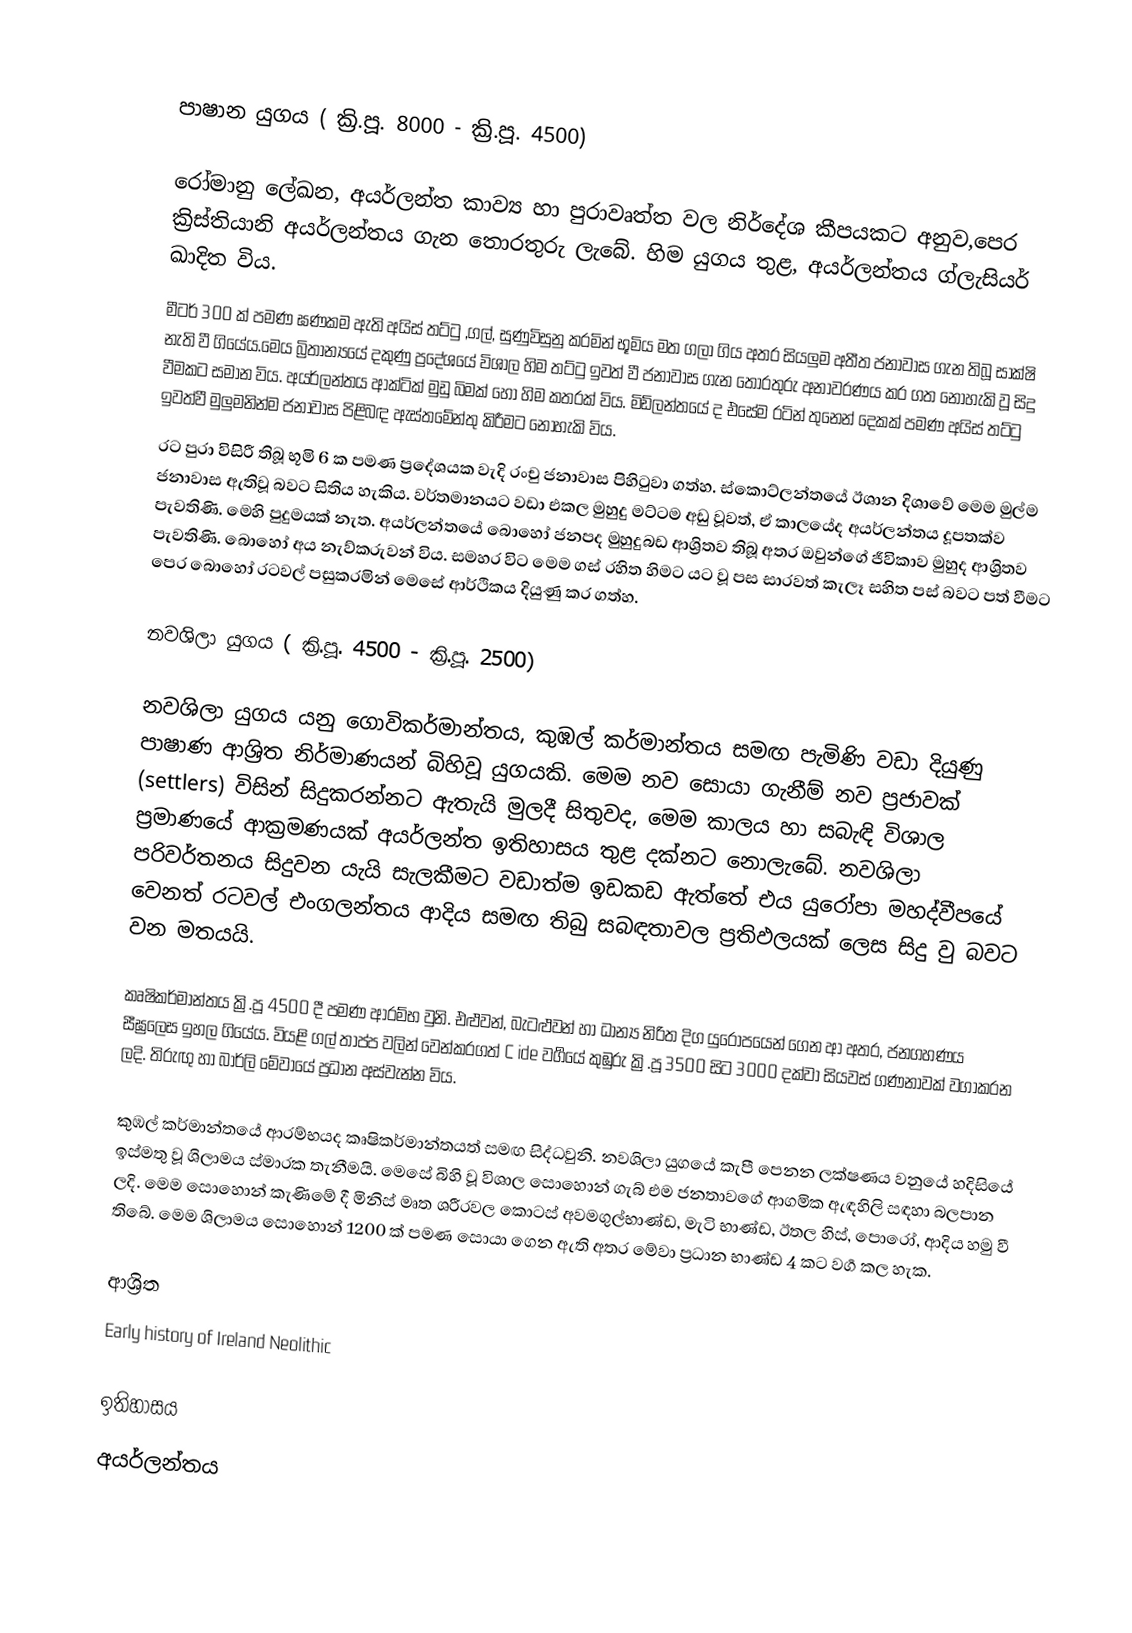

පාෂාන යුගය ( ක්‍රි.පූ. 8000 - ක්‍රි.පූ. 4500)

රෝමානු ලේඛන, අයර්ලන්ත කාව්‍ය හා පුරාවෘත්ත වල නිර්දේශ කීපයකට අනුව,පෙර ක්‍රිස්තියානි අයර්ලන්තය ගැන තොරතුරු ලැබේ. හිම යුගය තුළ, අයර්ලන්තය ග්ලැසියර් ඛාදිත විය.
මීටර් 300 ක් පමණ ඝණකම ඇති අයිස් තට්ටු ,ගල්, සුණුවිසුනු කරමින් භූමිය මත ගලා ගිය අතර සියලුම අතීත ජනාවාස ගැන තිබූ සාක්ෂි නැති වී ගියේය.මෙය බ්‍රිතාන්‍යයේ දකුණු ප්‍රදේශයේ විශාල හිම තට්ටු ඉවත් වී ජනාවාස ගැන තොරතුරු අනාවරණය කර ගත නොහැකි වූ සිදු වීමකට සමාන විය. අයර්ලන්තය ආක්ටික් මුඩු බිමක් හෝ හිම කතරක් විය. මිඩ්ලන්තයේ ද එසේම රටින් තුනෙන් දෙකක් පමණ අයිස් තට්ටු ඉවත්වී මුලුමනින්ම ජනාවාස පිළිබඳ ඇස්තමේන්තු කිරීමට නොහැකි විය.
රට පුරා විසිරී තිබූ භූමි 6 ක පමණ ප්‍රදේශයක වැදි රංචු ජනාවාස පිහිටුවා ගත්හ. ස්කොට්ලන්තයේ ඊශාන දිශාවේ මෙම මුල්ම ජනාවාස ඇතිවූ බවට සිතිය හැකිය. වර්තමානයට වඩා එකල මුහුදු මට්ටම අඩු වූවත්, ඒ කාලයේද අයර්ලන්තය දූපතක්ව පැවතිණි. මෙහි පුදුමයක් නැත. අයර්ලන්තයේ බොහෝ ජනපද මුහුදුබඩ ආශ්‍රිතව  තිබූ අතර ඔවුන්ගේ ජීවිකාව මුහුද ආශ්‍රිතව පැවතිණි. බොහෝ අය නැව්කරුවන් විය. සමහර විට මෙම ගස් රහිත හිමට යට වූ පස සාරවත් කැලෑ සහිත පස් බවට පත් වීමට පෙර බොහෝ රටවල් පසුකරමින් මෙසේ ආර්ථිකය දියුණු කර ගත්හ.

නවශිලා යුගය ( ක්‍රි.පූ. 4500 - ක්‍රි.පූ. 2500)

නවශිලා යුගය යනු ගොවිකර්මාන්තය, කුඹල් කර්මාන්තය සමඟ පැමිණි වඩා දියුණු පාෂාණ ආශ්‍රිත නිර්මාණයන් බිහිවූ යුගයකි. මෙම නව සොයා ගැනීම් නව ප්‍රජාවක්  (settlers) විසින් සිදුකරන්නට ඇතැයි මුලදී සිතුවද, මෙම කාලය හා සබැඳි විශාල ප්‍රමාණයේ ආක්‍රමණයක් අයර්ලන්ත ඉතිහාසය තුළ දක්නට නොලැබේ. නවශිලා පරිවර්තනය සිදුවන යැයි සැලකීමට වඩාත්ම ඉඩකඩ ඇත්තේ එය යුරෝපා මහද්වීපයේ ‍ වෙනත් රටවල් එංගලන්තය ආදිය සමඟ තිබු ‍සබඳතාවල ප්‍රතිඵලයක් ලෙස සිදු වු බවට වන මතයයි.

කෘෂිකර්මාන්තය ක්‍රි.පූ 4500 දී පමණ ආරම්භ වුනි. එළුවන්, බැටළුවන් හා ධාන්‍ය නිරිත දිග යුරෝපයෙන් ගෙන ආ අතර, ජනගහණය සීඝ්‍රලෙස ඉහල ගියේය. වියළි ගල් තාප්ප වලින් වෙන්කරගත් C ide    වර්‍ගයේ කුඹුරු ක්‍රි.පූ 3500 සිට 3000 දක්වා සියවස් ගණනාවක් වගාකරන ලදි. තිරුඟු හා බාර්ලි මේවායේ ප්‍රධාන අස්වැන්න විය.

කුඹල් කර්මාන්තයේ ආරම්භයද කෘෂිකර්මාන්තයත් සමඟ සිද්ධවුනි. නවශිලා යුගයේ කැපී පෙනන ලක්ෂණය වනුයේ හදිසියේ ඉස්මතු වූ ශිලාමය ස්මාරක තැනීමයි. මෙසේ බිහි වූ විශාල සොහොන් ගැබ් එම ජනතාවගේ ආගමික ඇඳහිලි සඳහා බලපාන ලදි. මෙම සොහොන් කැණිමේ දී මිනිස් මෘත ශරීරවල කොටස් අවමගුල්‍භාණ්ඩ, මැටි භාණ්ඩ, ඊතල හිස්, පොරෝ, ආදිය හමු වී තිබේ. මෙම ශිලාමය සොහොන් 1200 ක් පමණ සොයා ගෙන ඇති අතර මේවා ප්‍රධාන භාණ්ඩ 4 කට වර්‍ග කල හැක.

ආශ්‍රිත
Early history of Ireland Neolithic

ඉතිහාසය
අයර්ලන්තය​